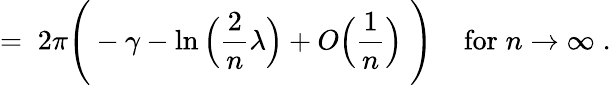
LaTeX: =\; 2\pi\Bigg(-\gamma-\ln\Big(\frac{2}{n}\lambda\Big)+O\Big(\frac{1}{n}\Big)\; \Bigg)\; \; \; \; \mathrm{for}\; n\rightarrow\infty\; .